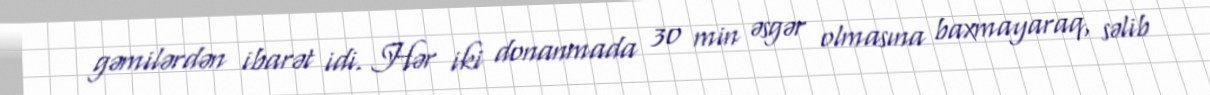
gəmilərdən ibarət idi. Hər iki donanmada 30 min əsgər olmasına baxmayaraq, səlib